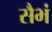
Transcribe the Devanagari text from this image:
सैभं